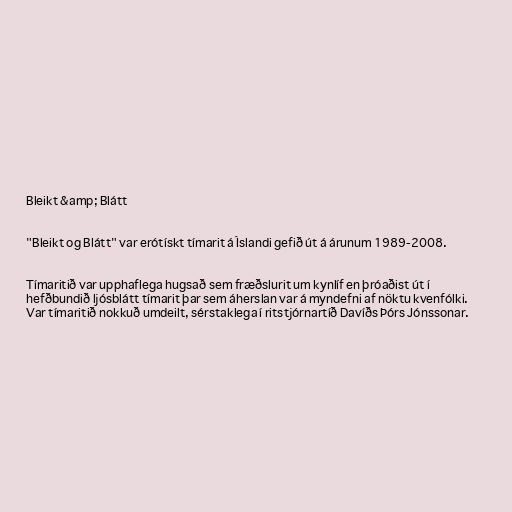
Bleikt &amp; Blátt

"Bleikt og Blátt" var erótískt tímarit á Íslandi gefið út á árunum 1989-2008.

Tímaritið var upphaflega hugsað sem fræðslurit um kynlíf en þróaðist út í
hefðbundið ljósblátt tímarit þar sem áherslan var á myndefni af nöktu kvenfólki.
Var tímaritið nokkuð umdeilt, sérstaklega í ritstjórnartíð Davíðs Þórs Jónssonar.